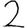
Digit: 2